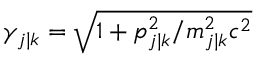
\gamma _ { j \vert k } = \sqrt { 1 + p _ { j \vert k } ^ { 2 } / m _ { j \vert k } ^ { 2 } c ^ { 2 } }